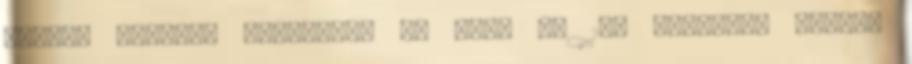
sertés ágazati programra az idén is 1,6 milliárd forint